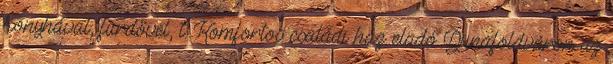
konyhával, fürdővel, t. Komfortos családi ház eladó Dunaföldváron az